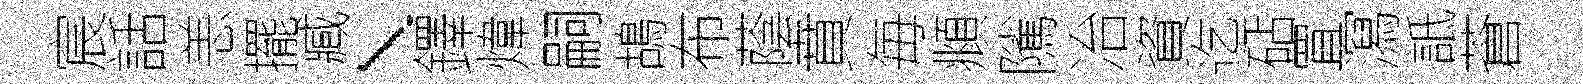
宸話恙擺臧、鐸煒嗣鴣布蔭賁毎頫隲冶資迄砧罝㵼詆蒼